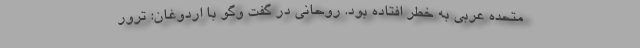
متحده عربی به خطر افتاده بود. روحانی در گفت وگو با اردوغان: ترور